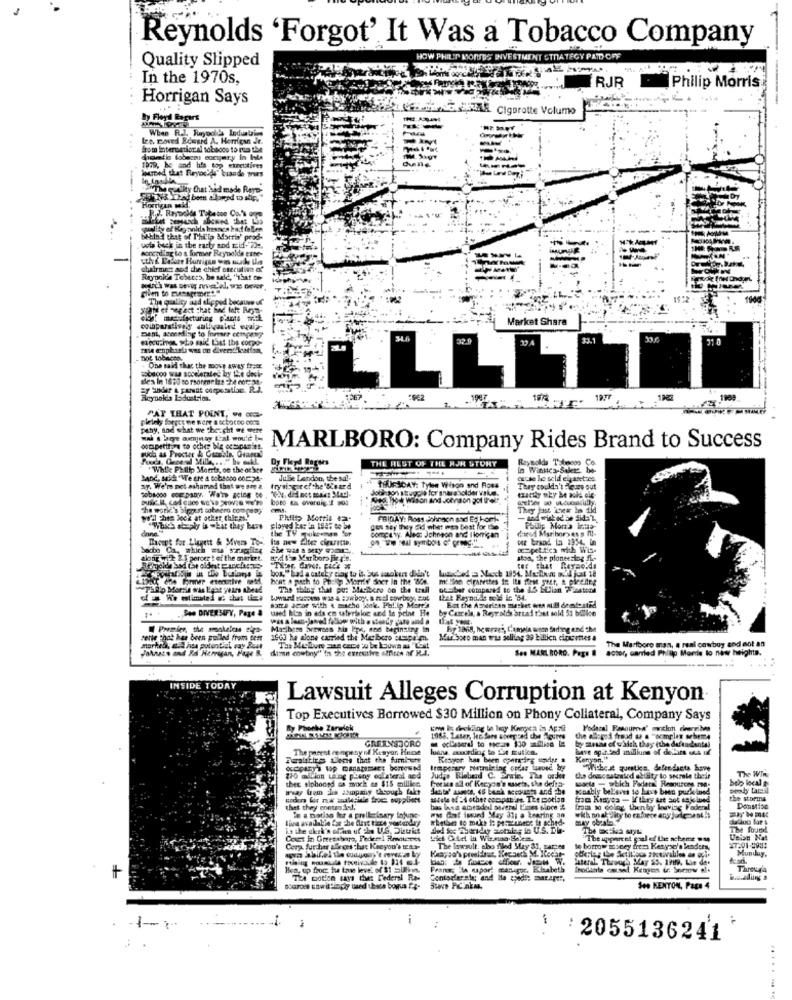
Reynolds 'Forgot', It Was a Tobacco Company
HOW PHILIP MONTES INVESTMENT STRATEGY PATD OFF
Quality Slipped
In the 1970s,
RJR
Philip Morris
..
Horrigan Says
Cigarotte Volume
When R.J. Rayod& Indubi
124, Doved Edward A. Herrigan Jt.
...
from international tobacco to run the
Ihre, he and his top executives
loureed that Reyou'ds" brando wies
- ilty Chat bid mode Reye
behind that of Philo adottis' prod-
--
uota buck in the early and raid-"7de.
soccalling to a former Reynolds erne-
chairman sod the chief onecutin of
Rayonk'a Tobeces, be wle, "That te
The quality and diepod because of
Market Shara
Bent, according to Inear congeny
tobacoo was socelerated by the deci-
One said that the move away frase
des In 1820 so rsorme les 52:4 6012 31.
Reynok's Lodustrim.
:962
1977
PAT THAT POINT. .. OG
pielety forget me were a schatoo con
pthy, and what we "bescht we were
ootaspetit ve to ocher be ocsipanies.
MARLBORO: Company Rides Brand to Success
Dy Flerd Ragers
Reynolds Tabmooo
"While Philip Morris, oe the ocher
THE REST OF THE HJK STORY
Julie London, the sal-
cerse le sold elyaretzes.
Sy. We're net ashamed that we are 2.
trysinger of the 'Sis ard
THURSDAY: Tylee Wison and Ross
They couldn't Fleure out
boto en overdig.if 90s
best To wilson and Johnson got their
The work''s biggest cobaern company
..
They last iges ho tid
we'll Them look at other things.
Philip Morris #2"
FRIDAY: Ross Johnson and Ed bonds
"Which abaply i -bit they bere
played kar in 1947 to be
the TV cookoeman Sor
gen Say they did wher mes best for the
desd Maribor> es p MI-
Philip Mon's Into
Though for Llagett & Mvers To -. Its new Elter cigarette.
compa wy. Alecz Johnson and Itorrican
Soche Ca, which mu srugfire
ocspet tica with Wis-
Along wife 2.1 percer't of the market.
dt: Marlboro Birgis.
ston, the pioneering ff.
box, bad a dately ciay to it. Sus smokers diin't
heat a noch to Prelle Merrie Sher In the 80g.
phfip Mdor:in was lgat years abeat
The thing that put Machine on the trail
Desiber compared to the 1.5 Bilion 7 24tool
that Faynaide told ic '54.
1+ + .940 DIVERSIFY, Page &
used bila in dds en uterialoc and In peine He
since acor with 4 macho look. Pel'ip Mort's
by Carcela, a Regralidi artat thet sold 51 billice
Macihess Setwses his lips, and teginsing in
hy 1968, hewears, Ciamein erene fading and che
rette That has been pulled from test
1663 he alone carried the Marlboro etapa'm.
Marlboro man was sollfag 39 billion cigar ettes a
The Marlboro man, a real cowboy and not an
Johnsts and Rd Horrigan, Page &. damn cowboy"''in the executive offices af K.A.
Sen MARLBORO, Pap. .
actor, carried Philip Moris to new heights.
INSIDE TODAY
Lawsuit Alleges Corruption at Kenyon
Top Executives Borrowed $30 Million on Phony Collateral, Company Says
By Phoche Zaradek
"me lo deckling la ley Kengica in Apro
GREENSBORO
1985. Later, Hc dans sovepred che Agires
by strand of which they (the defendante)
the clagedi fread as a "ocmplen sebeme
The panest conpesy of Kusyon Hecse
have apit ted andliune of detfars oss uf
Fasttirs uees that the fuminute
ocopara top management berewed
tropostry bietmintag opdar Iuved by
"Wichest quetis, defendants have
The WIR
150 milion Laing plany colateral and
thee siphonsd es mock as $15 millice
Judge Rlobend C. arwin. The orse
Protics all of Kecyon's assets, the delta-
the doscastrated cellity to seczele their
wwy bem ha asupany through fakt
scaably believes to have been pucieined
sacte - which Fadera Resources mog:
Miete of "4 other eccparias. The zootias
from Kisyes - l'thry art sot sajoined
the storma
bas bana amended several times sloce &
(ma so doing, thenby leaving Federal
DonMise
Te a patiss ler a prelleinary injune-
Wy Got isund May 31; a kearing an
may cheats
wich onak Jity to exforce anyr jade-esLÀ
ded for Therichy zonder in U.S. Di-
The Boxtica style
The foun!
Union Nat
Corp. further afeces that Kacyon's t283-
The lawsult, sho filed May 81, Fare
to borrow sconey frem Kenysey's landers,
Munduy.
lateral. Through May SS. 199. Lie de.
And.
Bes, up froc te tan leve. of $1 billion.
Frans ita sapori chatuigor, Edsabeth
Irodacita cased Ketgen &r Sonow al.
Throug'a
The motion says the Federal Ra-
Conlopfer sie; and Me goed !: mar.aper,
140 KENTON, Page 4
-
:2055136241
.......